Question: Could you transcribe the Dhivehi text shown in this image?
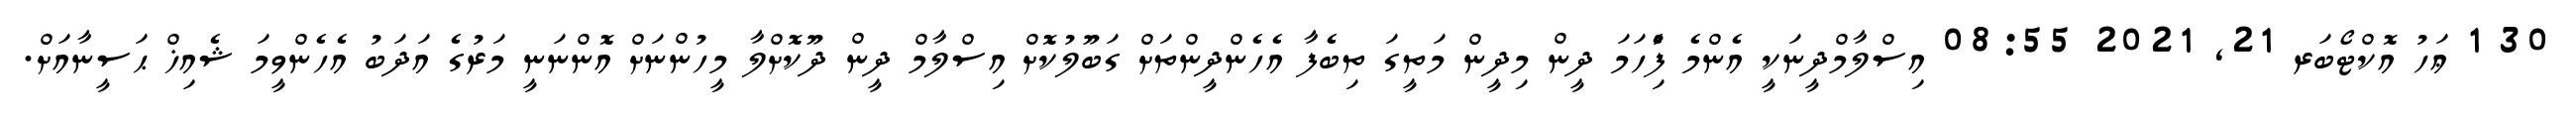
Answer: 30 1 ޢަހު އޮކްޓޯބަރ 21, 2021 08:55 އިސްލާމްދީނަކީ އެންމެ ފުެިހަމަ ދީން މިދީން މަތީގަ ތިބެފާ އެހެންދީންތަށް ގަބޫލުކޮށް އިސްލާމް ދީން ދޫކޮށްލާ މީހުންނަށް އޮންނަނީ މަރުގެ އަދަބު އެހެންވީމަ ޝެއިޚް ޙަސީނާއަށް.